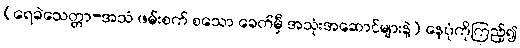
(ရေခဲသေတ္တာ-အသံ ဖမ်းစက် စသော ခေတ်မှီ အသုံးအဆောင်များနဲ့) နေပုံကိုကြည့်၍